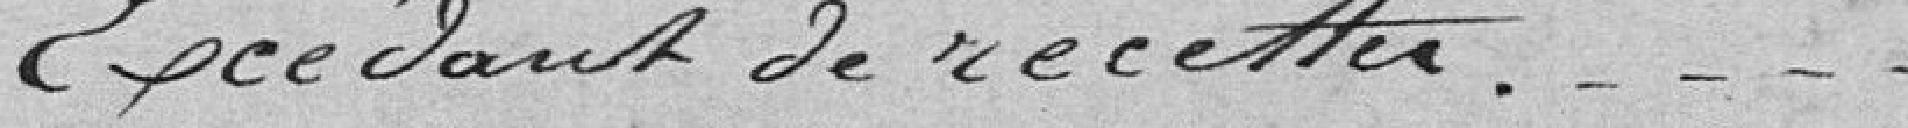
Excédant de recettes ...........